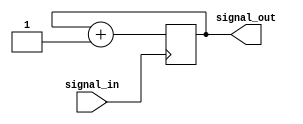
`timescale 1ns / 1ps
//////////////////////////////////////////////////////////////////////////////////
// Company: 
// Engineer: 
// 
// Design Name: 
// Module Name: counter
// Project Name: 
// Target Devices: 
// Tool Versions: 
// Description: 
// 
// Dependencies: 
// 
// Revision:
// Revision 0.01 - File Created
// Additional Comments:
// 
//////////////////////////////////////////////////////////////////////////////////


module counter(input signal_in, output reg[1:0] signal_out = 2'b0);

    always@(posedge signal_in)
       signal_out <= signal_out + 1'b1;
endmodule